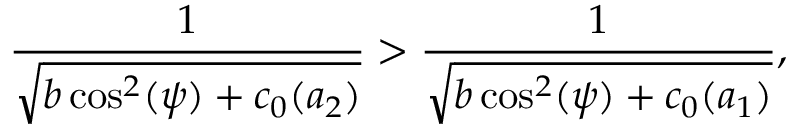
\frac { 1 } { \sqrt { b \cos ^ { 2 } ( \psi ) + c _ { 0 } ( a _ { 2 } ) } } > \frac { 1 } { \sqrt { b \cos ^ { 2 } ( \psi ) + c _ { 0 } ( a _ { 1 } ) } } ,